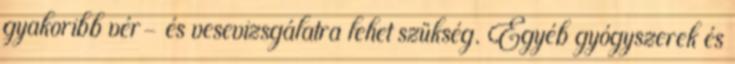
gyakoribb vér- és vesevizsgálatra lehet szükség. Egyéb gyógyszerek és